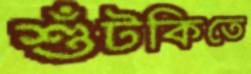
শুঁটকিতে